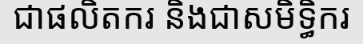
ជាផលិតករ និងជាសមិទ្ធិករ